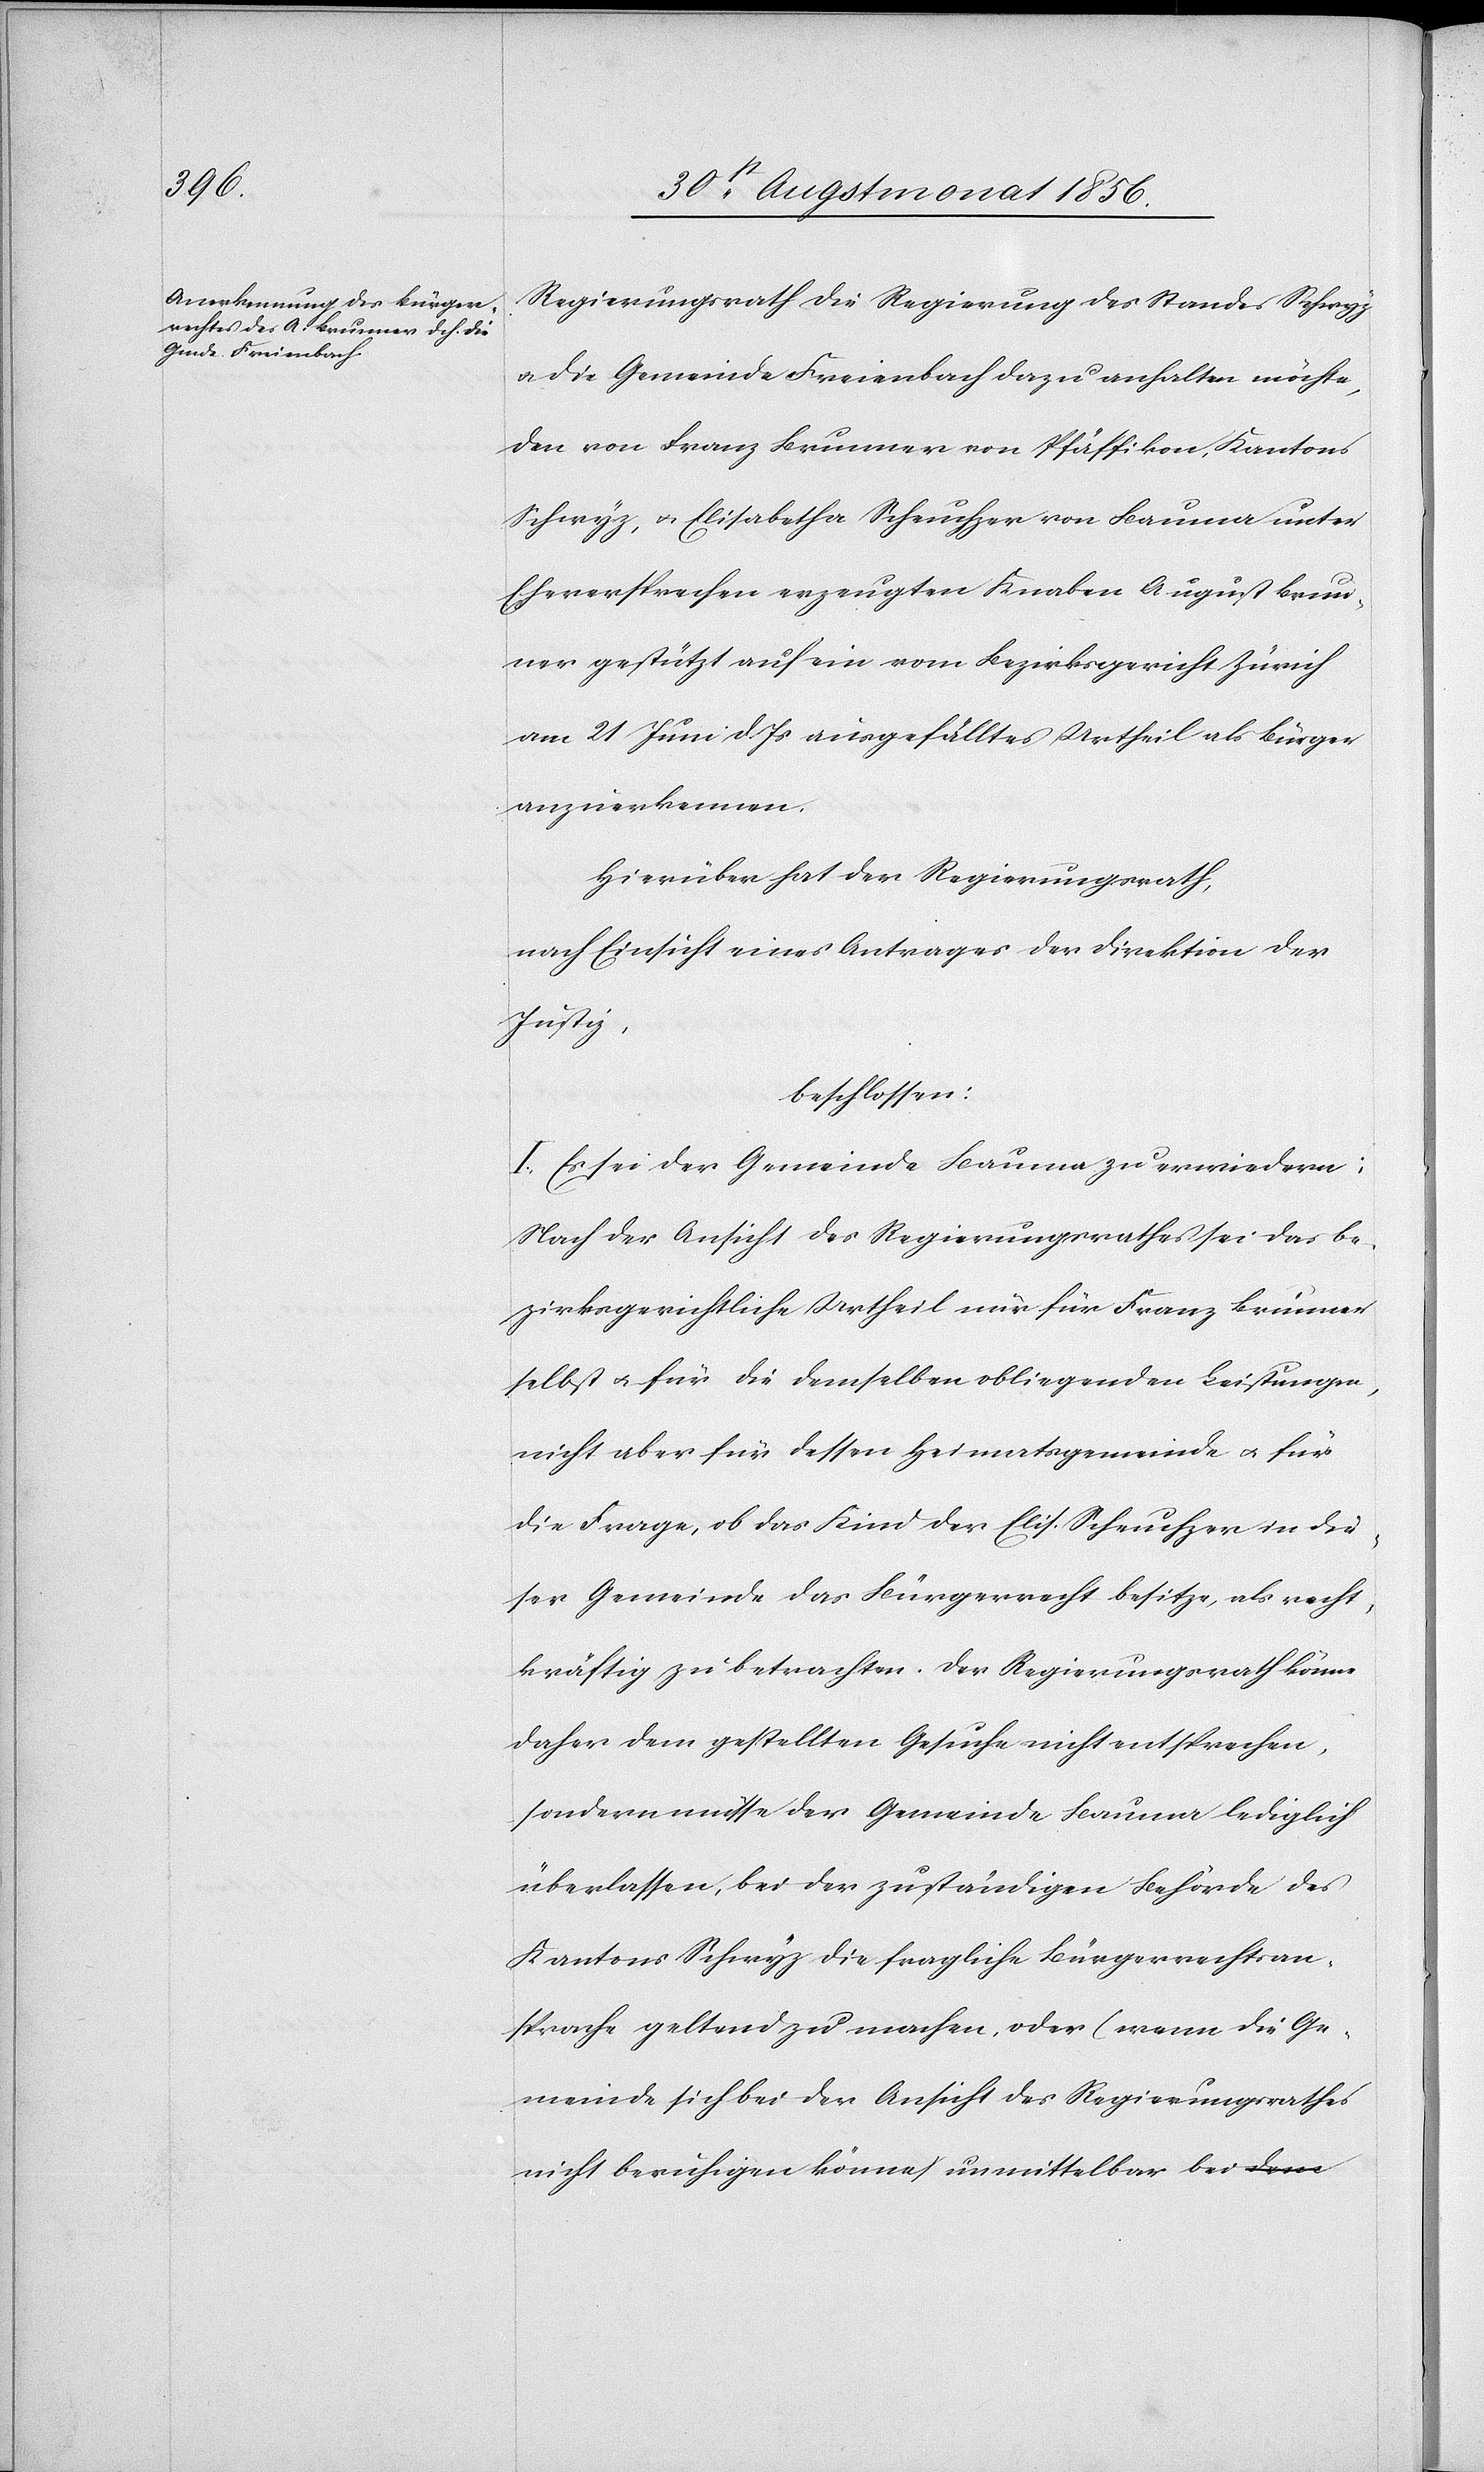
Regierungsrath die Regierung des Standes Schwyz
u. die Gemeinde Freienbach dazu anhalten möchte,
den von Franz Brunner von Pfäffikon, Kantons
Schwyz, u. Elisabetha Scheuchzer von Bauma unter
Eheversprechen erzeugten Knaben August Brun¬
ner gestützt auf ein vom Bezirksgericht Zürich
am 21 Juni d. Js ausgefälltes Urtheil als Bürger
anzuerkennen.
Hierüber hat der Regierungsrath,
nach Einsicht eines Antrages der Direktion der
Justiz,
beschlossen:
I. Es sei der Gemeinde Bauma zu erwiedern:
Nach der Ansicht des Regierungsrathes sei das be¬
zirksgerichtliche Urtheil nur für Franz Brunner
selbst u. für die demselben obliegenden Leistungen,
nicht aber für dessen Heimatsgemeinde u. für
die Frage, ob das Kind der Elis. Scheuchzer in die¬
ser Gemeinde das Bürgerrecht besitze, als recht¬
kräftig zu betrachten. Der Regierungsrath könne
daher dem gestellten Gesuche nicht entsprechen,
sondern müsse der Gemeinde Bauma lediglich
überlassen, bei der zuständigen Behörde des
Kantons Schwyz die fragliche Bürgerrechtsan¬
sprache geltend zu machen, oder (wenn die Ge¬
meinde sich bei der Ansicht des Regierungsrathes
nicht beruhigen könne) unmittelbar bei